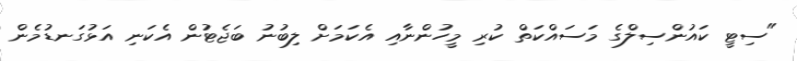
"ސިޓީ ކައުންސިލްގެ މަސައްކަތް ކުރި މީހުންނާއި އެކަމަށް ލިބުނު ބަޖެޓުން އެކަނި އަޅުގަނޑުމެން